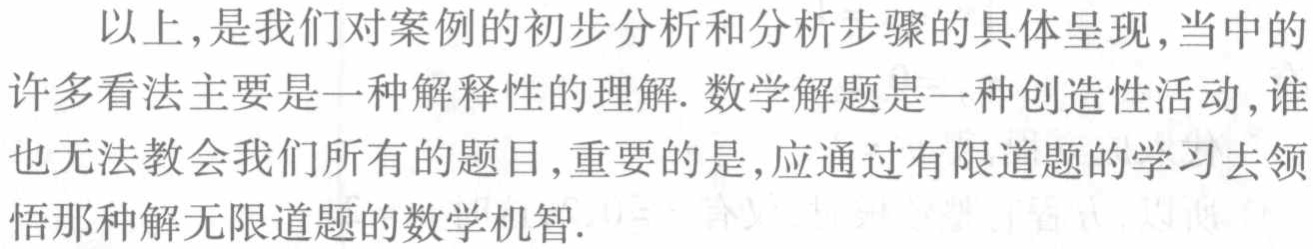
以上，是我们对案例的初步分析和分析步骤的具体呈现,当中的许多看法主要是一种解释性的理解. 数学解题是一种创造性活动,谁也无法教会我们所有的题目,重要的是,应通过有限道题的学习去领悟那种解无限道题的数学机智.